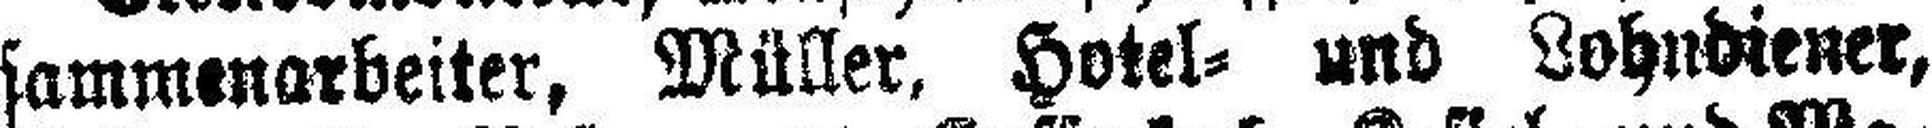
sammenarbeiter, Müller, Hotel= und Lohndiener,